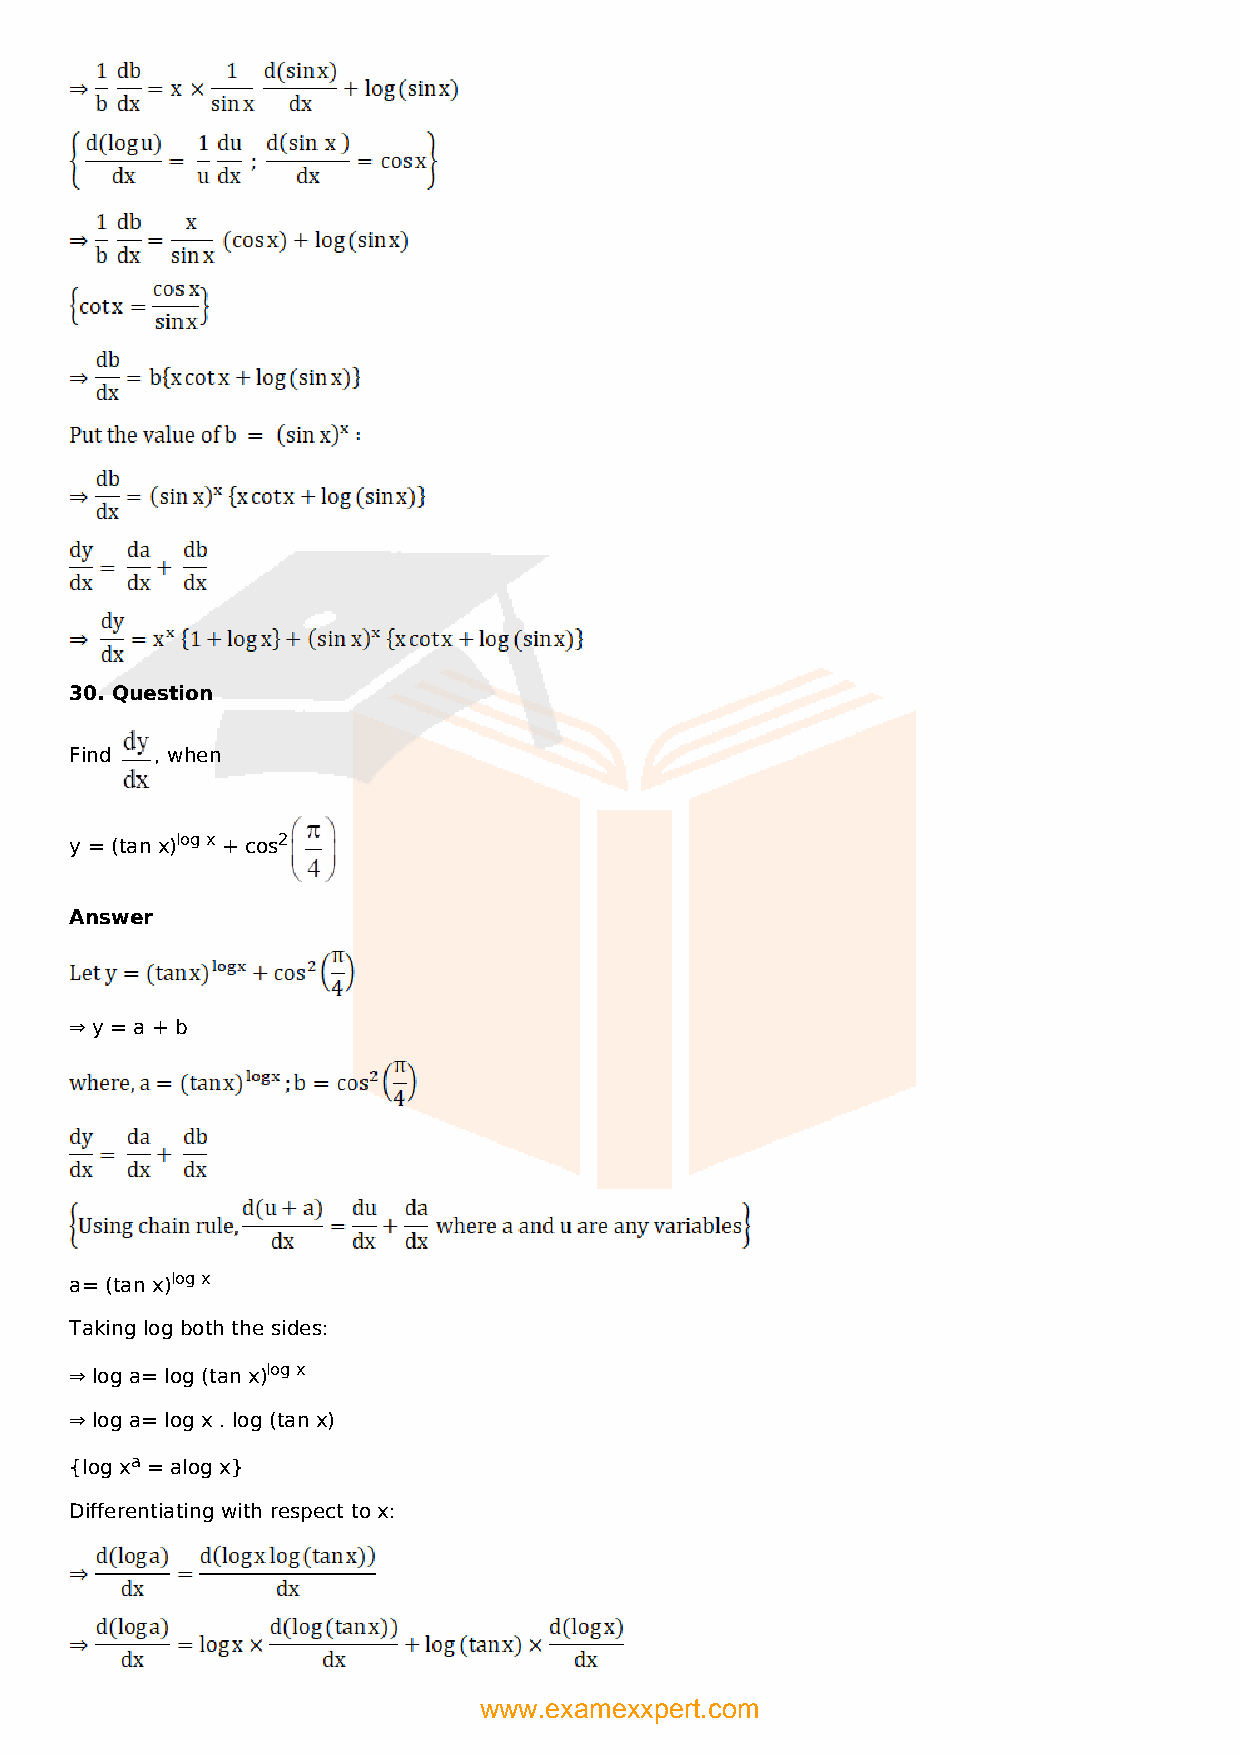
30. Question
 Find , when
 y = (tan x)log x + cos2
 Answer
 ⇒ y = a + b
 a= (tan x)log x
 Taking log both the sides:
 ⇒ log a= log (tan x)log x
 ⇒ log a= log x . log (tan x)
 {log xa = alog x}
 Differentiating with respect to x:
 www.examexxpert.com